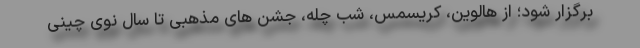
برگزار شود؛ از هالوین، کریسمس، شب چله، جشن های مذهبی تا سال نوی چینی